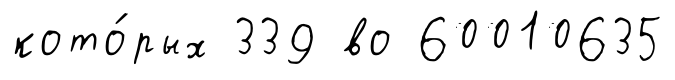
кото́рых 339 во 60010635